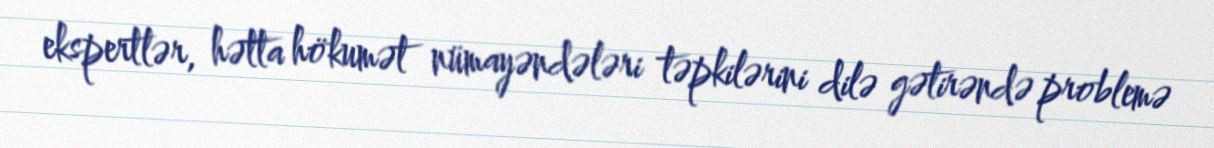
ekspertlər, hətta hökumət nümayəndələri təpkilərini dilə gətirəndə problemə